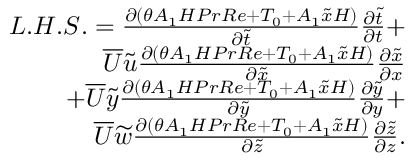
\begin{array} { r } { L . H . S . = { \frac { \partial ( \theta A _ { 1 } H P r R e + T _ { 0 } + A _ { 1 } \widetilde { x } H ) } { \partial \widetilde { t } } } { \frac { \partial \widetilde { t } } { \partial t } } + } \\ { \overline { { U } } \widetilde { u } { \frac { \partial ( \theta A _ { 1 } H P r R e + T _ { 0 } + A _ { 1 } \widetilde { x } H ) } { \partial \widetilde { x } } } { \frac { \partial \widetilde { x } } { \partial x } } } \\ { + \overline { { U } } \widetilde { y } { \frac { \partial ( \theta A _ { 1 } H P r R e + T _ { 0 } + A _ { 1 } \widetilde { x } H ) } { \partial \widetilde { y } } } { \frac { \partial \widetilde { y } } { \partial y } } + } \\ { \overline { { U } } \widetilde { w } { \frac { \partial ( \theta A _ { 1 } H P r R e + T _ { 0 } + A _ { 1 } \widetilde { x } H ) } { \partial \widetilde { z } } } { \frac { \partial \widetilde { z } } { \partial z } } . } \end{array}